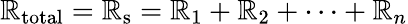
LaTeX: \mathbb{R}_{\mathrm{{total}}}=\mathbb{R}_{\mathrm{{s}}}=\mathbb{R}_{1}+\mathbb{R}_{2}+\cdots+\mathbb{R}_{n}